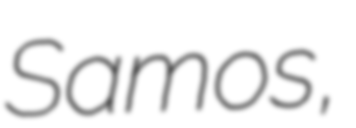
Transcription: Samos,